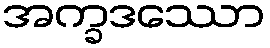
အက္ခဒဿော